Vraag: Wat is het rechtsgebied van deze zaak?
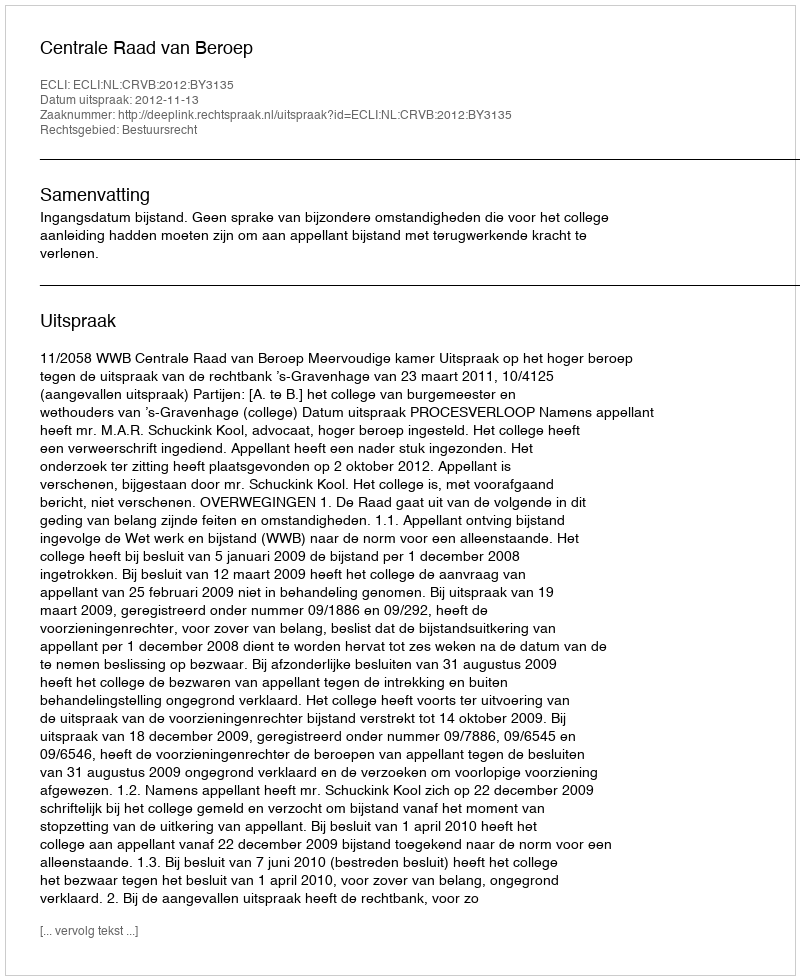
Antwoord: Bestuursrecht